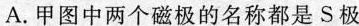
A.甲图中两个磁极的名称都是S极